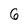
Character: 6